Annual report of the Punjab Veterinary College and of the Civil Veterinary Department, Punjab - 1920-1925
Year: 1920
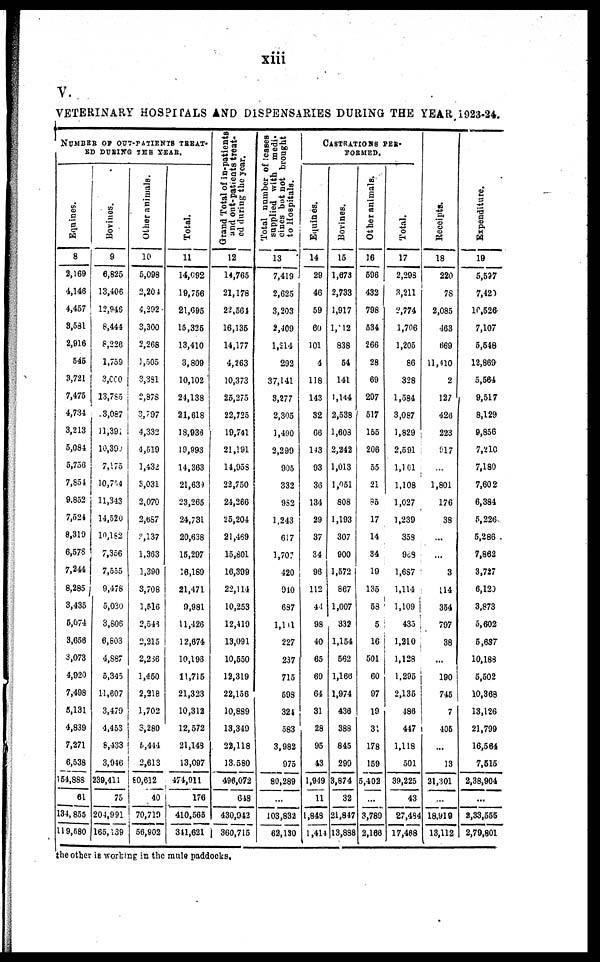
xiii
V.
VETERINARY HOSPITALS AND DISPENSARIES DURING THE YEAR 1923-24.
NUMBER OF OUT-PATIENTS TREAT-
ED DURING THE YEAR.
Equines.
8
2,169
4,146
4,457
3,581
2,916
545
3,721
7,475
4,734
3,213
5,084
5,756
7,854
9.852
7,521
8,319
6,578
7,244
8,285
3,435
6,074
3,656
3,073
4,920
7,498
5,131
4,839
7,271
6,538
154,888
61
134,855
119,580
Bovines.
9
6,825
13,406
12,946
8,444
8,226
1,759
3,000
13,785
3,087
11,39;
10,396
7,175
10,754
11,343
14,520
10,182
7,356
7,555
9,476
5,030
3,806
6,803
4,887
5,345
11,607
3,479
4,453
8,433
3,946
239,411
75
204,991
165,139
Other animals.
10
5,098
2,201
4,292
3,300
2,268
1,505
3,381
2,878
3,797
4,332
4,519
1,432
3,031
2,070
2.687
?,137
1,363
1,390
3,708
1,516
2,546
2,215
2,236
1,450
2,218
1,702
3,280
5,414
2,613
80,612
40
70,719
56,902
Total.
11
14,092
19,756
21,695
15,325
13,410
3,809
10,102
24,138
21,618
18,936
19,993
14,363
21,639
23,265
24,731
20,638
15,297
16,189
21,471
9,981
11,426
12,674
10,193
11,715
21,323
10,312
12,572
21,149
13,097
474,911
176
410,565
311,621
Grand Total of in-patients
and out-patients treat-
ed during the year.
12
14,765
21,178
22,561
16,135
14,177
4,263
10,373
25,275
22,725
19,741
21,191
14,958
22,750
24,266
25,204
21,469
15,801
16,399
22,114
10,253
12,419
13,091
10,550
12,319
22,156
10,889
13,349
22,118
13.580
496,072
618
430,942
360,715
Total number of leases
supplied with medi-
cines but not brought
to Hospitals.
13
7,419
2,625
3,203
2,409
1,214
292
37,141
3,277
2,305
1,490
2,299
905
332
982
1,243
617
1,707
420
910
687
1,111
227
237
715
598
321
583
3,982
975
80,289
...
103,832
62,130
CASTRATIONS PER-
Equines.
14
29
46
59
60
101
4
118
143
32
66
143
93
36
134
29
37
34
96
112
4-1
98
40
65
69
64
31
28
95
43
1,949
11
1,848
1,411
FORMED.
Bovines.
15
1,673
2,733
1,917
1,12
838
54
141
1,144
2,538
1,603
2,242
1,013
1,051
808
1,193
307
900
1,572
867
1,007
332
1,154
562
1,166
1,974
436
388
845
299
3,874
32
21,847
13,888
Other animals.
16
596
432
798
534
266
28
69
207
517
165
206
55
21
85
17
14
34
19
135
53
5
16
501
60
97
19
31
178
159
5,402
...
3,789
2,166
Total.
17
2,293
3,211
2,774
1,706
1,205
86
328
1,584
3,087
1,829
2,591
1,161
1,108
1,027
1,239
353
9c9
1,687
1,114
1,109
435
1,210
1,128
1.295
2,135
486
417
1,118
501
39,225
43
27,484
17,468
Receipts.
18
220
78
2,085
463
669
11,410
2
127
426
223
917
1,801
176
38
...
3
114
354
797
38
...
190
745
7
405
...
13
21,301
...
18,910
13,112
Expenditure.
19
5,597
7,421
10,526
7,107
5,548
12,869
5,564
9,517
8,129
9,856
7,210
7,180
7,602
6,384
5,226
5,286
7,862
3,727
6,120
3,873
5,602
5,637
10,188
5,502
10,368
13,126
21,799
16,564
7,515
2,38,904
...
2,33,555
2,79,801
the other is working in the mule paddocks.